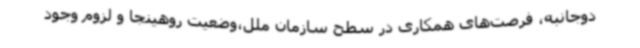
دوجانبه، فرصت‌های همکاری در سطح سازمان ملل،وضعیت روهینجا و لزوم وجود